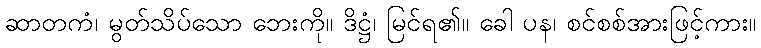
ဆာတကံ၊ မွတ်သိပ်သော ဘေးကို။ ဒိဋ္ဌံ၊ မြင်ရ၏။ ခေါ ပန၊ စင်စစ်အားဖြင့်ကား။